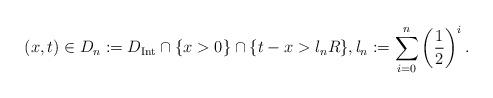
LaTeX: \begin{align*}(x,t)\in D_{n}:=D_{\rm Int}\cap\{x>0\}\cap\{t-x>l_nR\}, l_n:=\sum_{i=0}^n\left(\frac{1}{2}\right)^i.\end{align*}